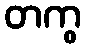
တကွ